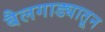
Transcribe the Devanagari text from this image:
बैलगाड्यातून